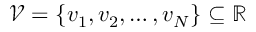
\mathcal { V } = \left\{ v _ { 1 } , v _ { 2 } , \dotsc , v _ { N } \right\} \subseteq \mathbb { R }